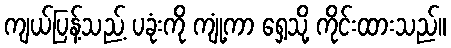
ကျယ်ပြန့်သည့် ပခုံးကို ကျုံ့ကာ ရှေ့သို့ ကိုင်းထားသည်။